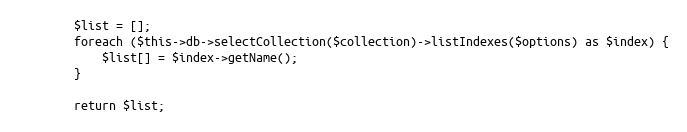
Language: PHP
        $list = [];
        foreach ($this->db->selectCollection($collection)->listIndexes($options) as $index) {
            $list[] = $index->getName();
        }

        return $list;